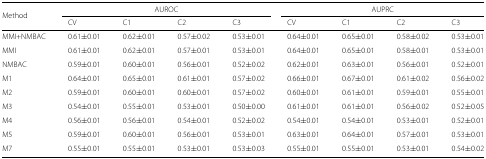
<table><thead><tr><td><b>Method</b></td><td colspan="4"><b>AUROC</b></td><td colspan="4"><b>AUPRC</b></td></tr><tr><td></td><td><b>CV</b></td><td><b>C1</b></td><td><b>C2</b></td><td><b>C3</b></td><td><b>CV</b></td><td><b>C1</b></td><td><b>C2</b></td><td><b>C3</b></td></tr></thead><tbody><tr><td>MMI+NMBAC</td><td>0.61 ±0.01</td><td>0.62 ±0.01</td><td>0.57 ±0.02</td><td>0.53 ±0.01</td><td>0.64 ±0.01</td><td>0.65 ±0.01</td><td>0.58 ±0.02</td><td>0.53 ±0.01</td></tr><tr><td>MMI</td><td>0.61 ±0.01</td><td>0.62 ±0.01</td><td>0.57 ±0.01</td><td>0.53 ±0.01</td><td>0.64 ±0.01</td><td>0.65 ±0.01</td><td>0.58 ±0.01</td><td>0.53 ±0.01</td></tr><tr><td>NMBAC</td><td>0.59 ±0.01</td><td>0.60 ±0.01</td><td>0.56 ±0.01</td><td>0.52 ±0.02</td><td>0.62 ±0.01</td><td>0.63 ±0.01</td><td>0.56 ±0.01</td><td>0.52 ±0.01</td></tr><tr><td>M1</td><td>0.64 ±0.01</td><td>0.65 ±0.01</td><td>0.61 ±0.01</td><td>0.57 ±0.02</td><td>0.66 ±0.01</td><td>0.67 ±0.01</td><td>0.61 ±0.02</td><td>0.56 ±0.02</td></tr><tr><td>M2</td><td>0.59 ±0.01</td><td>0.60 ±0.01</td><td>0.60 ±0.01</td><td>0.57 ±0.02</td><td>0.60 ±0.01</td><td>0.61 ±0.01</td><td>0.59 ±0.01</td><td>0.55 ±0.01</td></tr><tr><td>M3</td><td>0.54 ±0.01</td><td>0.55 ±0.01</td><td>0.53 ±0.01</td><td>0.50 ±0.00</td><td>0.61 ±0.01</td><td>0.61 ±0.01</td><td>0.56 ±0.02</td><td>0.52 ±0.05</td></tr><tr><td>M4</td><td>0.56 ±0.01</td><td>0.56 ±0.01</td><td>0.54 ±0.01</td><td>0.52 ±0.02</td><td>0.54 ±0.01</td><td>0.54 ±0.01</td><td>0.53 ±0.01</td><td>0.52 ±0.01</td></tr><tr><td>M5</td><td>0.59 ±0.01</td><td>0.60 ±0.01</td><td>0.56 ±0.01</td><td>0.53 ±0.01</td><td>0.63 ±0.01</td><td>0.64 ±0.01</td><td>0.57 ±0.01</td><td>0.53 ±0.01</td></tr><tr><td>M7</td><td>0.55 ±0.01</td><td>0.55 ±0.01</td><td>0.53 ±0.01</td><td>0.53 ±0.03</td><td>0.55 ±0.01</td><td>0.55 ±0.01</td><td>0.53 ±0.01</td><td>0.54 ±0.02</td></tr></tbody></table>